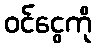
ဝင်ငွေကို